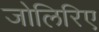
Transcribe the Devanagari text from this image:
जोलिरिए